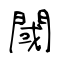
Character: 閾